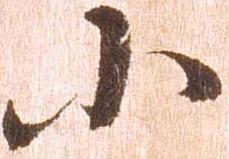
小